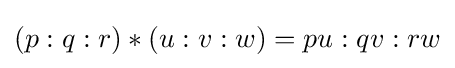
(p:q:r)*(u:v:w)=pu:qv:rw